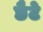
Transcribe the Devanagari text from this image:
छैटे